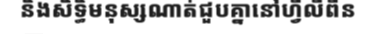
និងសិទ្ធិមនុស្សណាត់ជួបគ្នានៅហ្វីលីពីន